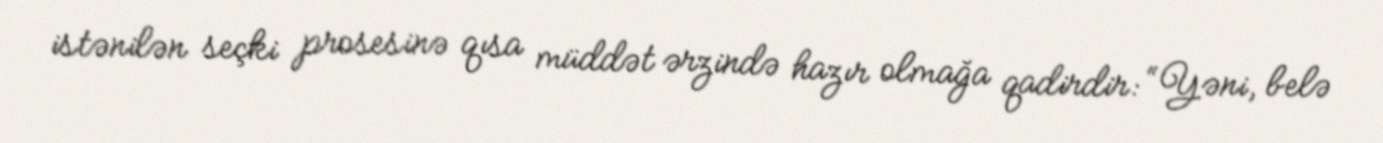
istənilən seçki prosesinə qısa müddət ərzində hazır olmağa qadirdir: “Yəni, belə